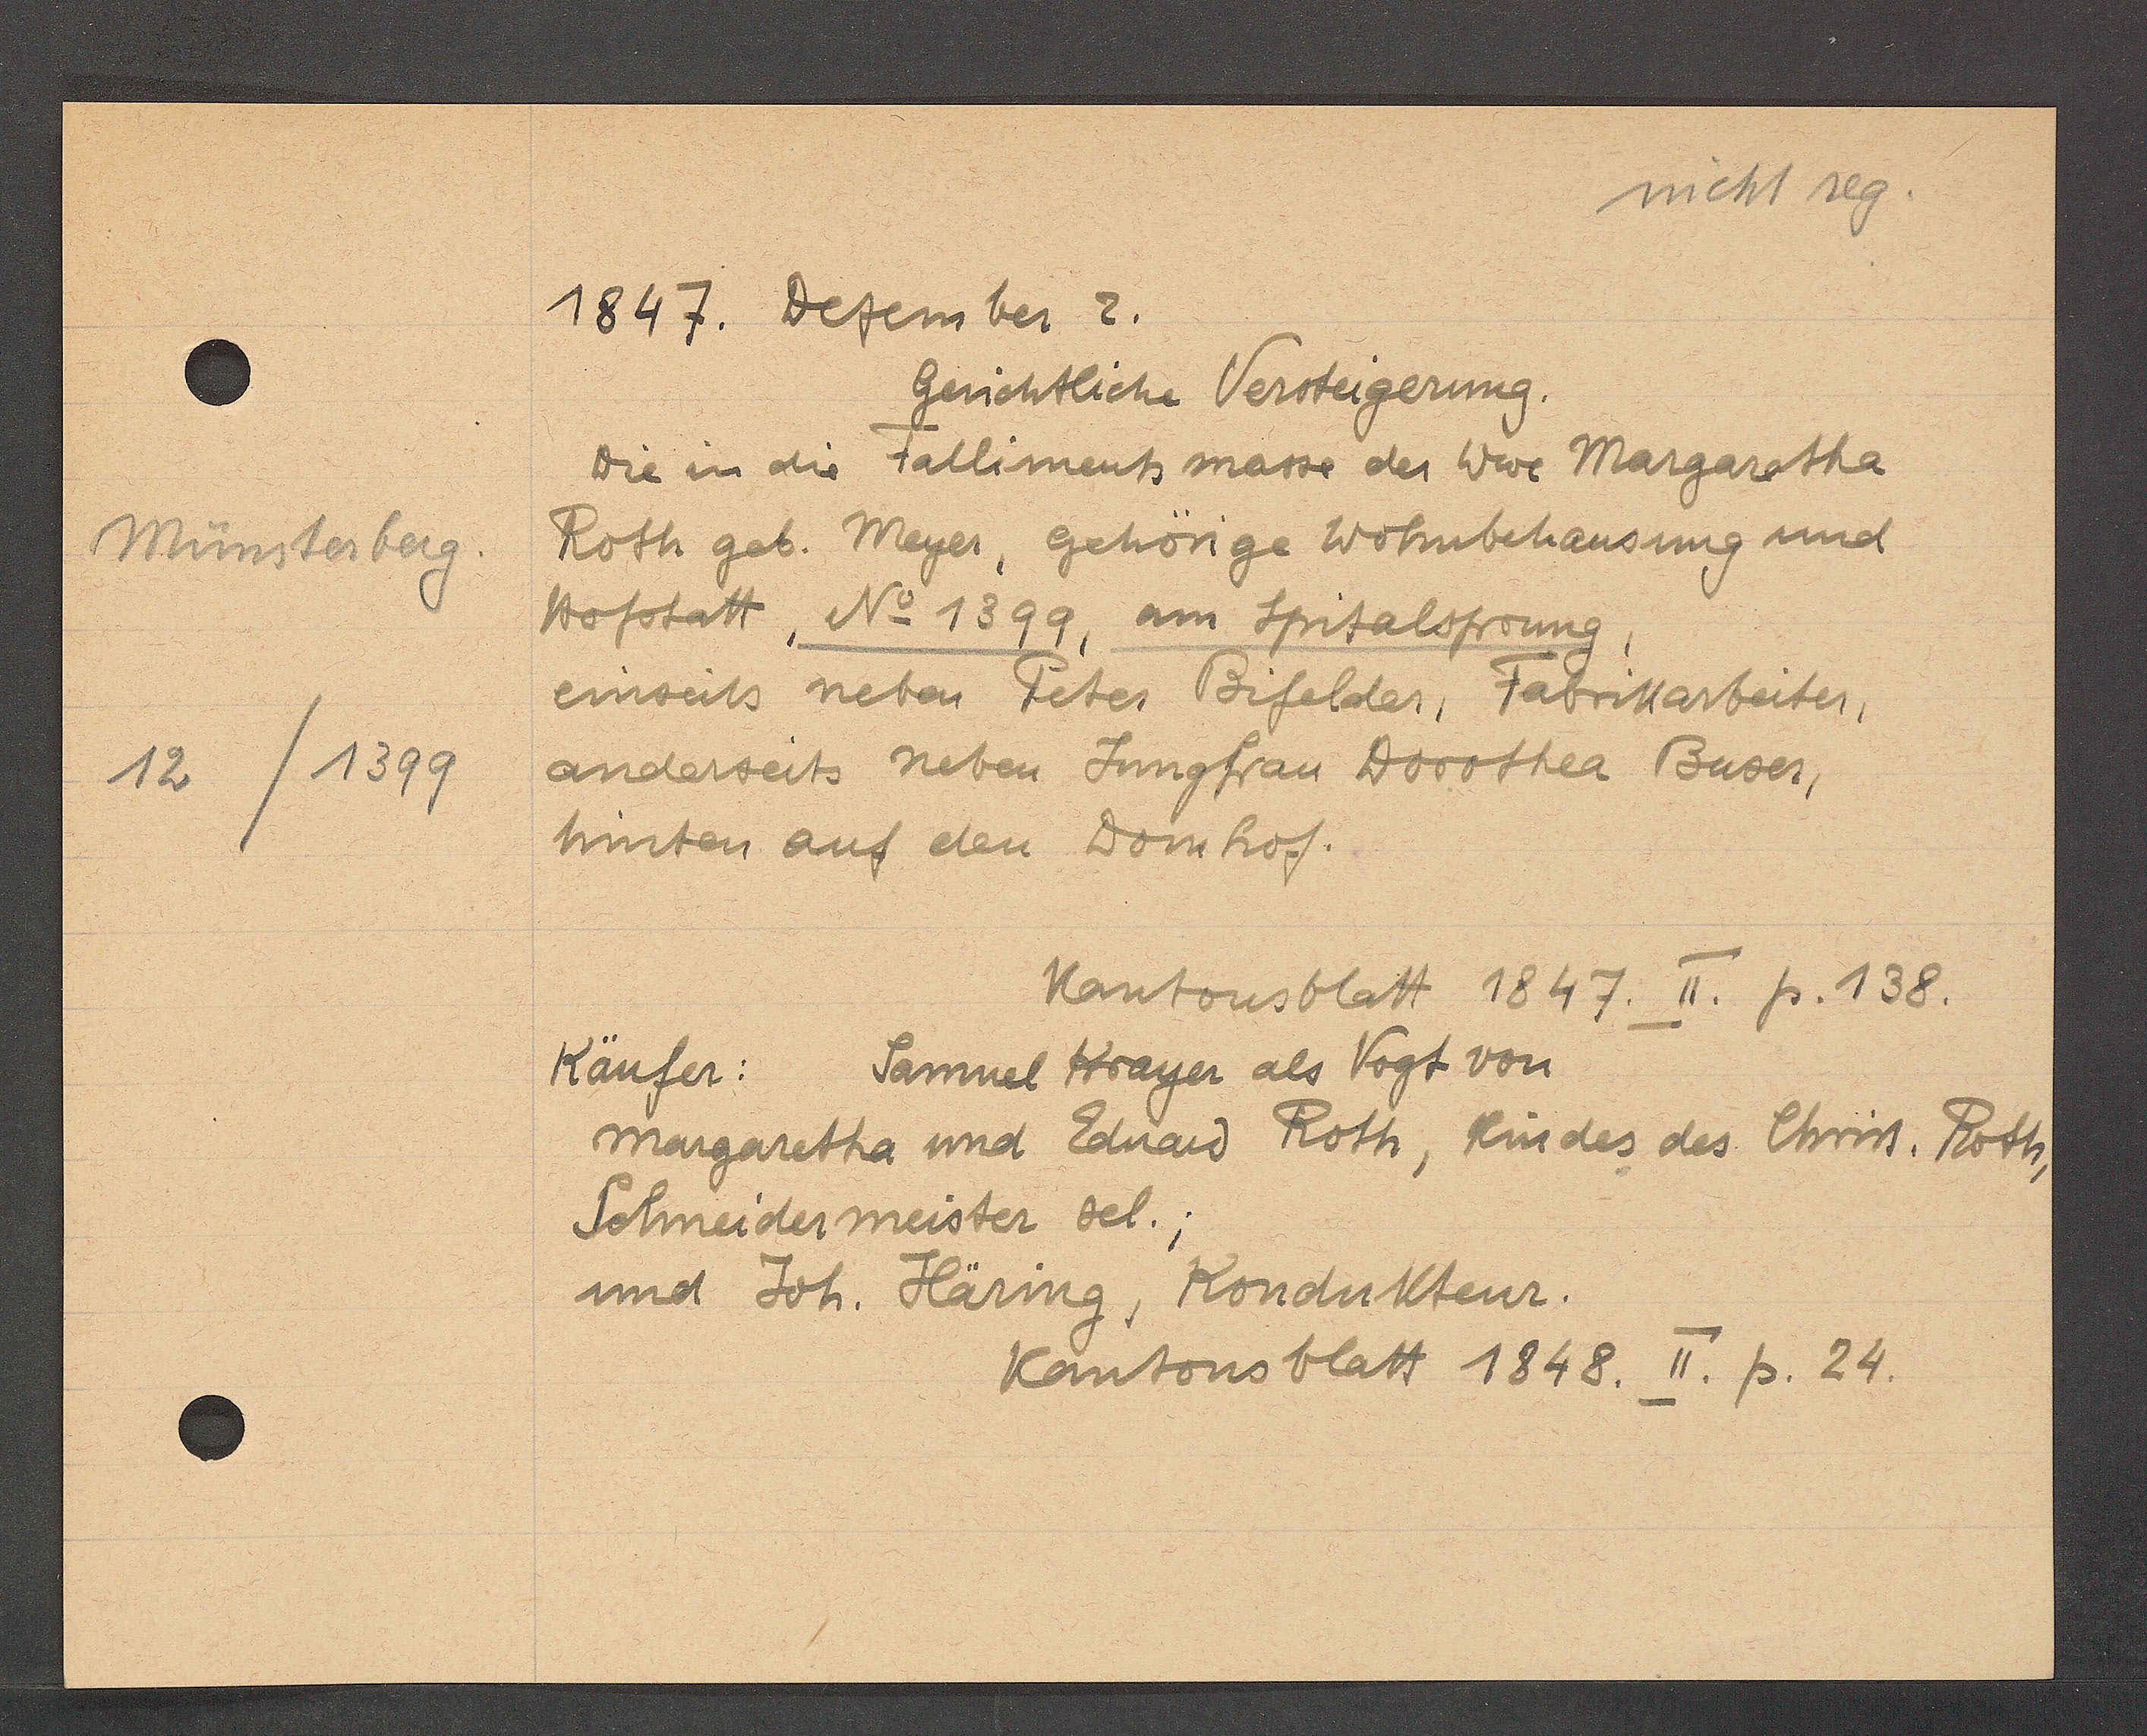
Transcript:
Münsterberg
12
/1399

1847. Dezember 2.

Gerichtliche Versteigerung.
Die in die Falliments masse der Wwe Margaretha
Roth geb. Meyer, gehörige Wohnbehausung und
Hofstatt, No 1399, am Spitalsprung
einseits neben Peter Bifelder, Fabrikarbeiter,
anderseits neben Jungfrau Dorothea Buser,
hinten auf den Domhof.

Kantonsblatt 1847. II. p. 138.

Samuel Krayer als Vogt von
Käufer:
Margaretha und Ednard Roth, Kinder des Christ. Roth,
Schneidermeister sel.;
und Joh. Häring, Kondukteur.

Kantonsblatt 1848. II. p. 24.